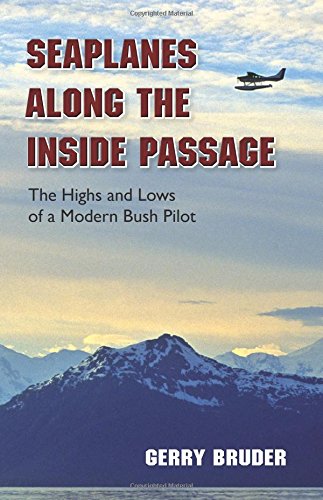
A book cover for Seaplanes along the Inside Passage: The Highs and Lows of a Modern Bush Pilot; Gerry Bruder; Travel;